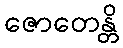
ဇောတေန္တိ